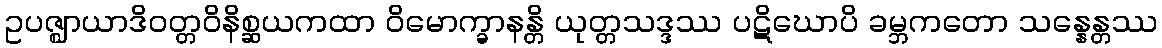
ဥပဇ္ဈာယာဒိဝတ္တဝိနိစ္ဆယကထာ ဝိမောက္ခာနန္တိ ယုတ္တသဒ္ဒဿ ပဋိဃောပိ ခမ္ဘကတော သန္နေန္တဿ